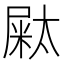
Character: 𡳁